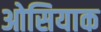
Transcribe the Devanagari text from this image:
ओसियाक